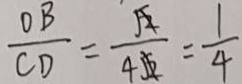
\frac { O B } { C D } = \frac { \sqrt { 2 } } { 4 \sqrt { 2 } } = \frac { 1 } { 4 }